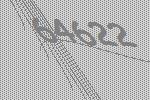
64622